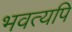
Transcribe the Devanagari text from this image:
भवत्यपि